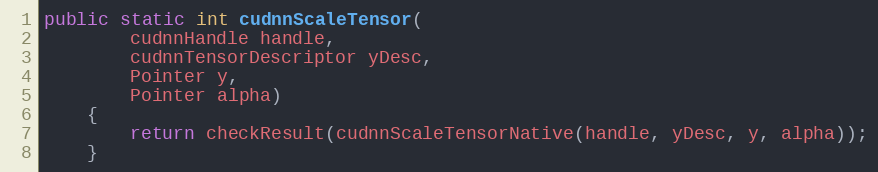
Language: Java
public static int cudnnScaleTensor(
        cudnnHandle handle,
        cudnnTensorDescriptor yDesc,
        Pointer y,
        Pointer alpha)
    {
        return checkResult(cudnnScaleTensorNative(handle, yDesc, y, alpha));
    }